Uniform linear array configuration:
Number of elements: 48
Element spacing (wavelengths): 0.75
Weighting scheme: exponential
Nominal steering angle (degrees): -60
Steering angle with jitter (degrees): -59.643
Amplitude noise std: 0.05
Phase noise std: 0.05

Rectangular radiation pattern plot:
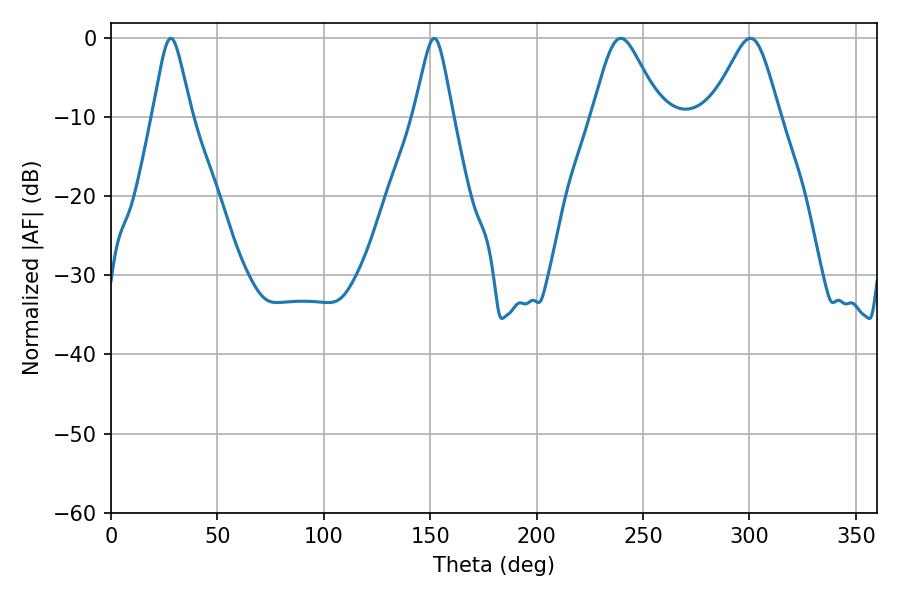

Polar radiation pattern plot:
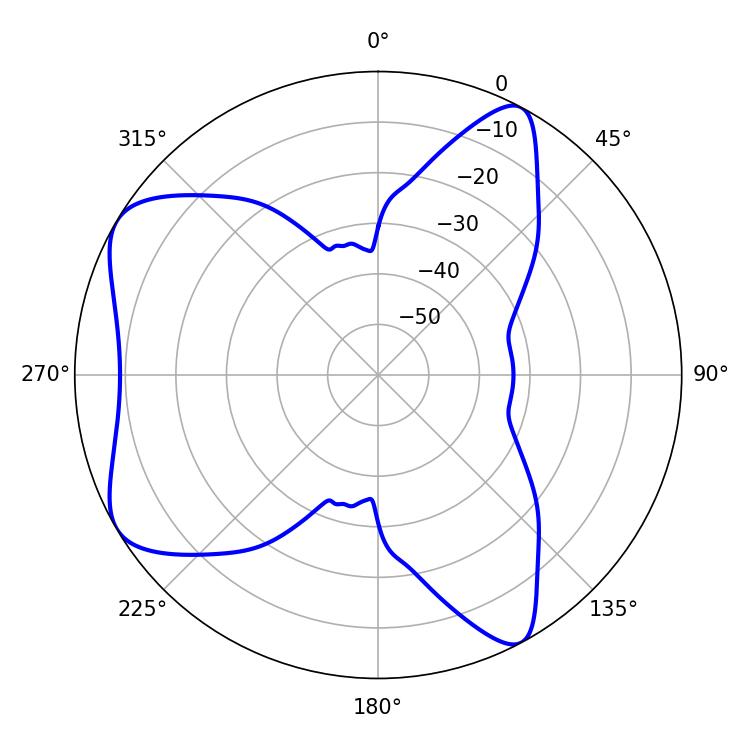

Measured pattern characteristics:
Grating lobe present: TRUE
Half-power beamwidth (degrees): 15.66
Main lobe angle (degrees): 239.58